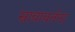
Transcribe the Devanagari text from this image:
स्रावावर्तना